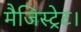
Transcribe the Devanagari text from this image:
मैजिस्ट्रेट।